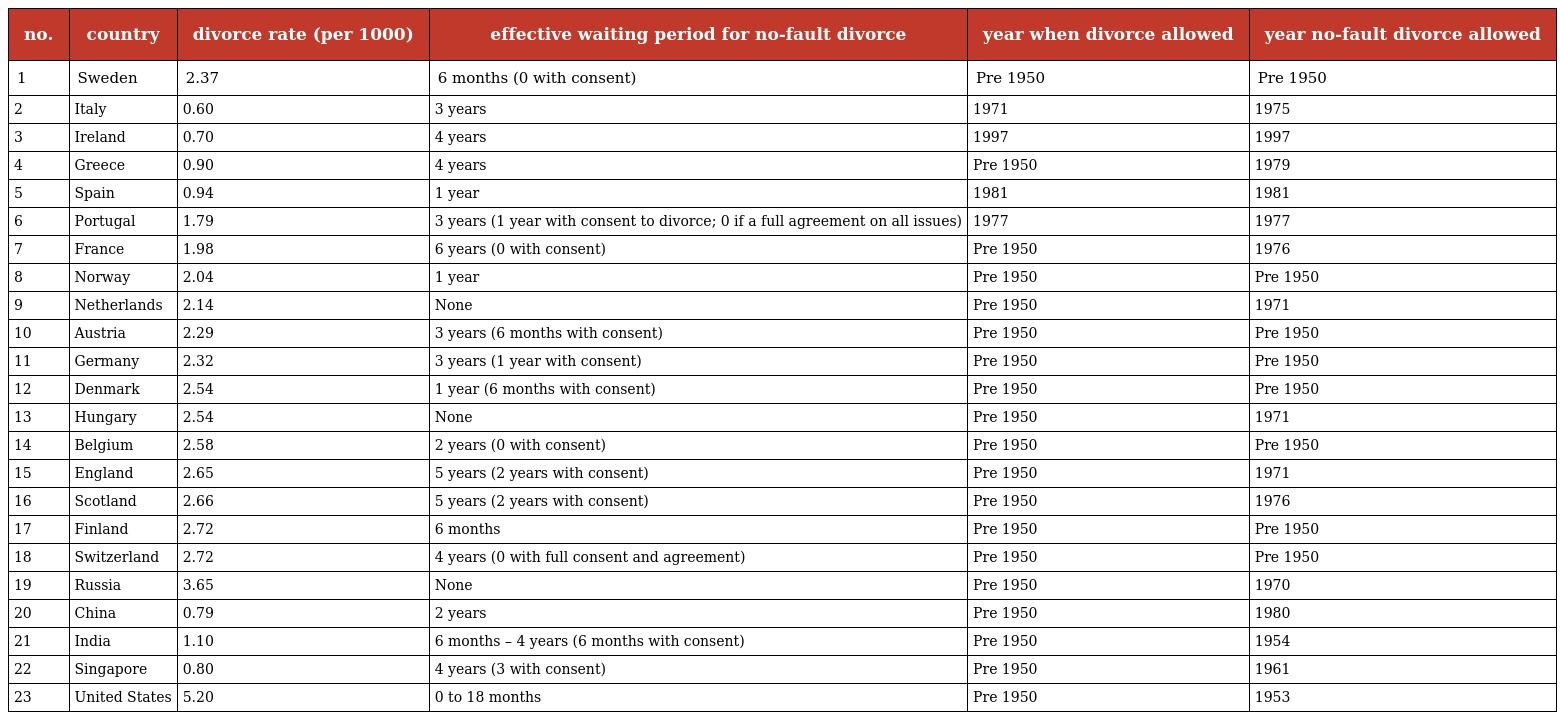
| no. | country | divorce rate (per 1000) | effective waiting period for no-fault divorce | year when divorce allowed | year no-fault divorce allowed |
 | --- | --- | --- | --- | --- | --- |
 | 1 | Sweden | 2.37 | 6 months (0 with consent) | Pre 1950 | Pre 1950 |
 | 2 | Italy | 0.60 | 3 years | 1971 | 1975 |
 | 3 | Ireland | 0.70 | 4 years | 1997 | 1997 |
 | 4 | Greece | 0.90 | 4 years | Pre 1950 | 1979 |
 | 5 | Spain | 0.94 | 1 year | 1981 | 1981 |
 | 6 | Portugal | 1.79 | 3 years (1 year with consent to divorce; 0 if a full agreement on all issues) | 1977 | 1977 |
 | 7 | France | 1.98 | 6 years (0 with consent) | Pre 1950 | 1976 |
 | 8 | Norway | 2.04 | 1 year | Pre 1950 | Pre 1950 |
 | 9 | Netherlands | 2.14 | None | Pre 1950 | 1971 |
 | 10 | Austria | 2.29 | 3 years (6 months with consent) | Pre 1950 | Pre 1950 |
 | 11 | Germany | 2.32 | 3 years (1 year with consent) | Pre 1950 | Pre 1950 |
 | 12 | Denmark | 2.54 | 1 year (6 months with consent) | Pre 1950 | Pre 1950 |
 | 13 | Hungary | 2.54 | None | Pre 1950 | 1971 |
 | 14 | Belgium | 2.58 | 2 years (0 with consent) | Pre 1950 | Pre 1950 |
 | 15 | England | 2.65 | 5 years (2 years with consent) | Pre 1950 | 1971 |
 | 16 | Scotland | 2.66 | 5 years (2 years with consent) | Pre 1950 | 1976 |
 | 17 | Finland | 2.72 | 6 months | Pre 1950 | Pre 1950 |
 | 18 | Switzerland | 2.72 | 4 years (0 with full consent and agreement) | Pre 1950 | Pre 1950 |
 | 19 | Russia | 3.65 | None | Pre 1950 | 1970 |
 | 20 | China | 0.79 | 2 years | Pre 1950 | 1980 |
 | 21 | India | 1.10 | 6 months – 4 years (6 months with consent) | Pre 1950 | 1954 |
 | 22 | Singapore | 0.80 | 4 years (3 with consent) | Pre 1950 | 1961 |
 | 23 | United States | 5.20 | 0 to 18 months | Pre 1950 | 1953 |